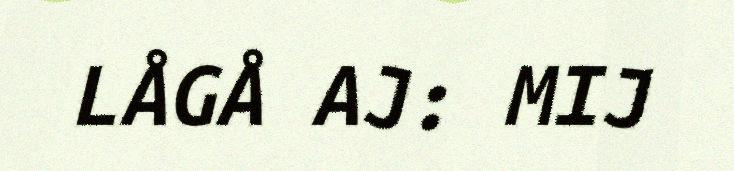
LÅGÅ AJ: MIJ